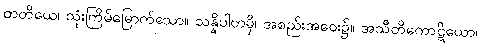
တတိယေ၊ သုံးကြိမ်မြောက်သော။ သန္နိပါတမှိ၊ အစည်းအဝေး၌။ အသီတိကောဋိယော၊